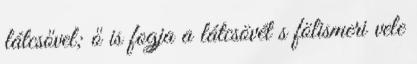
látcsővel; ő is fogja a látcsövét s fölismeri vele